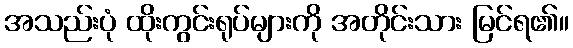
အသည်းပုံ ထိုးကွင်းရုပ်များကို အတိုင်းသား မြင်ရ၏။